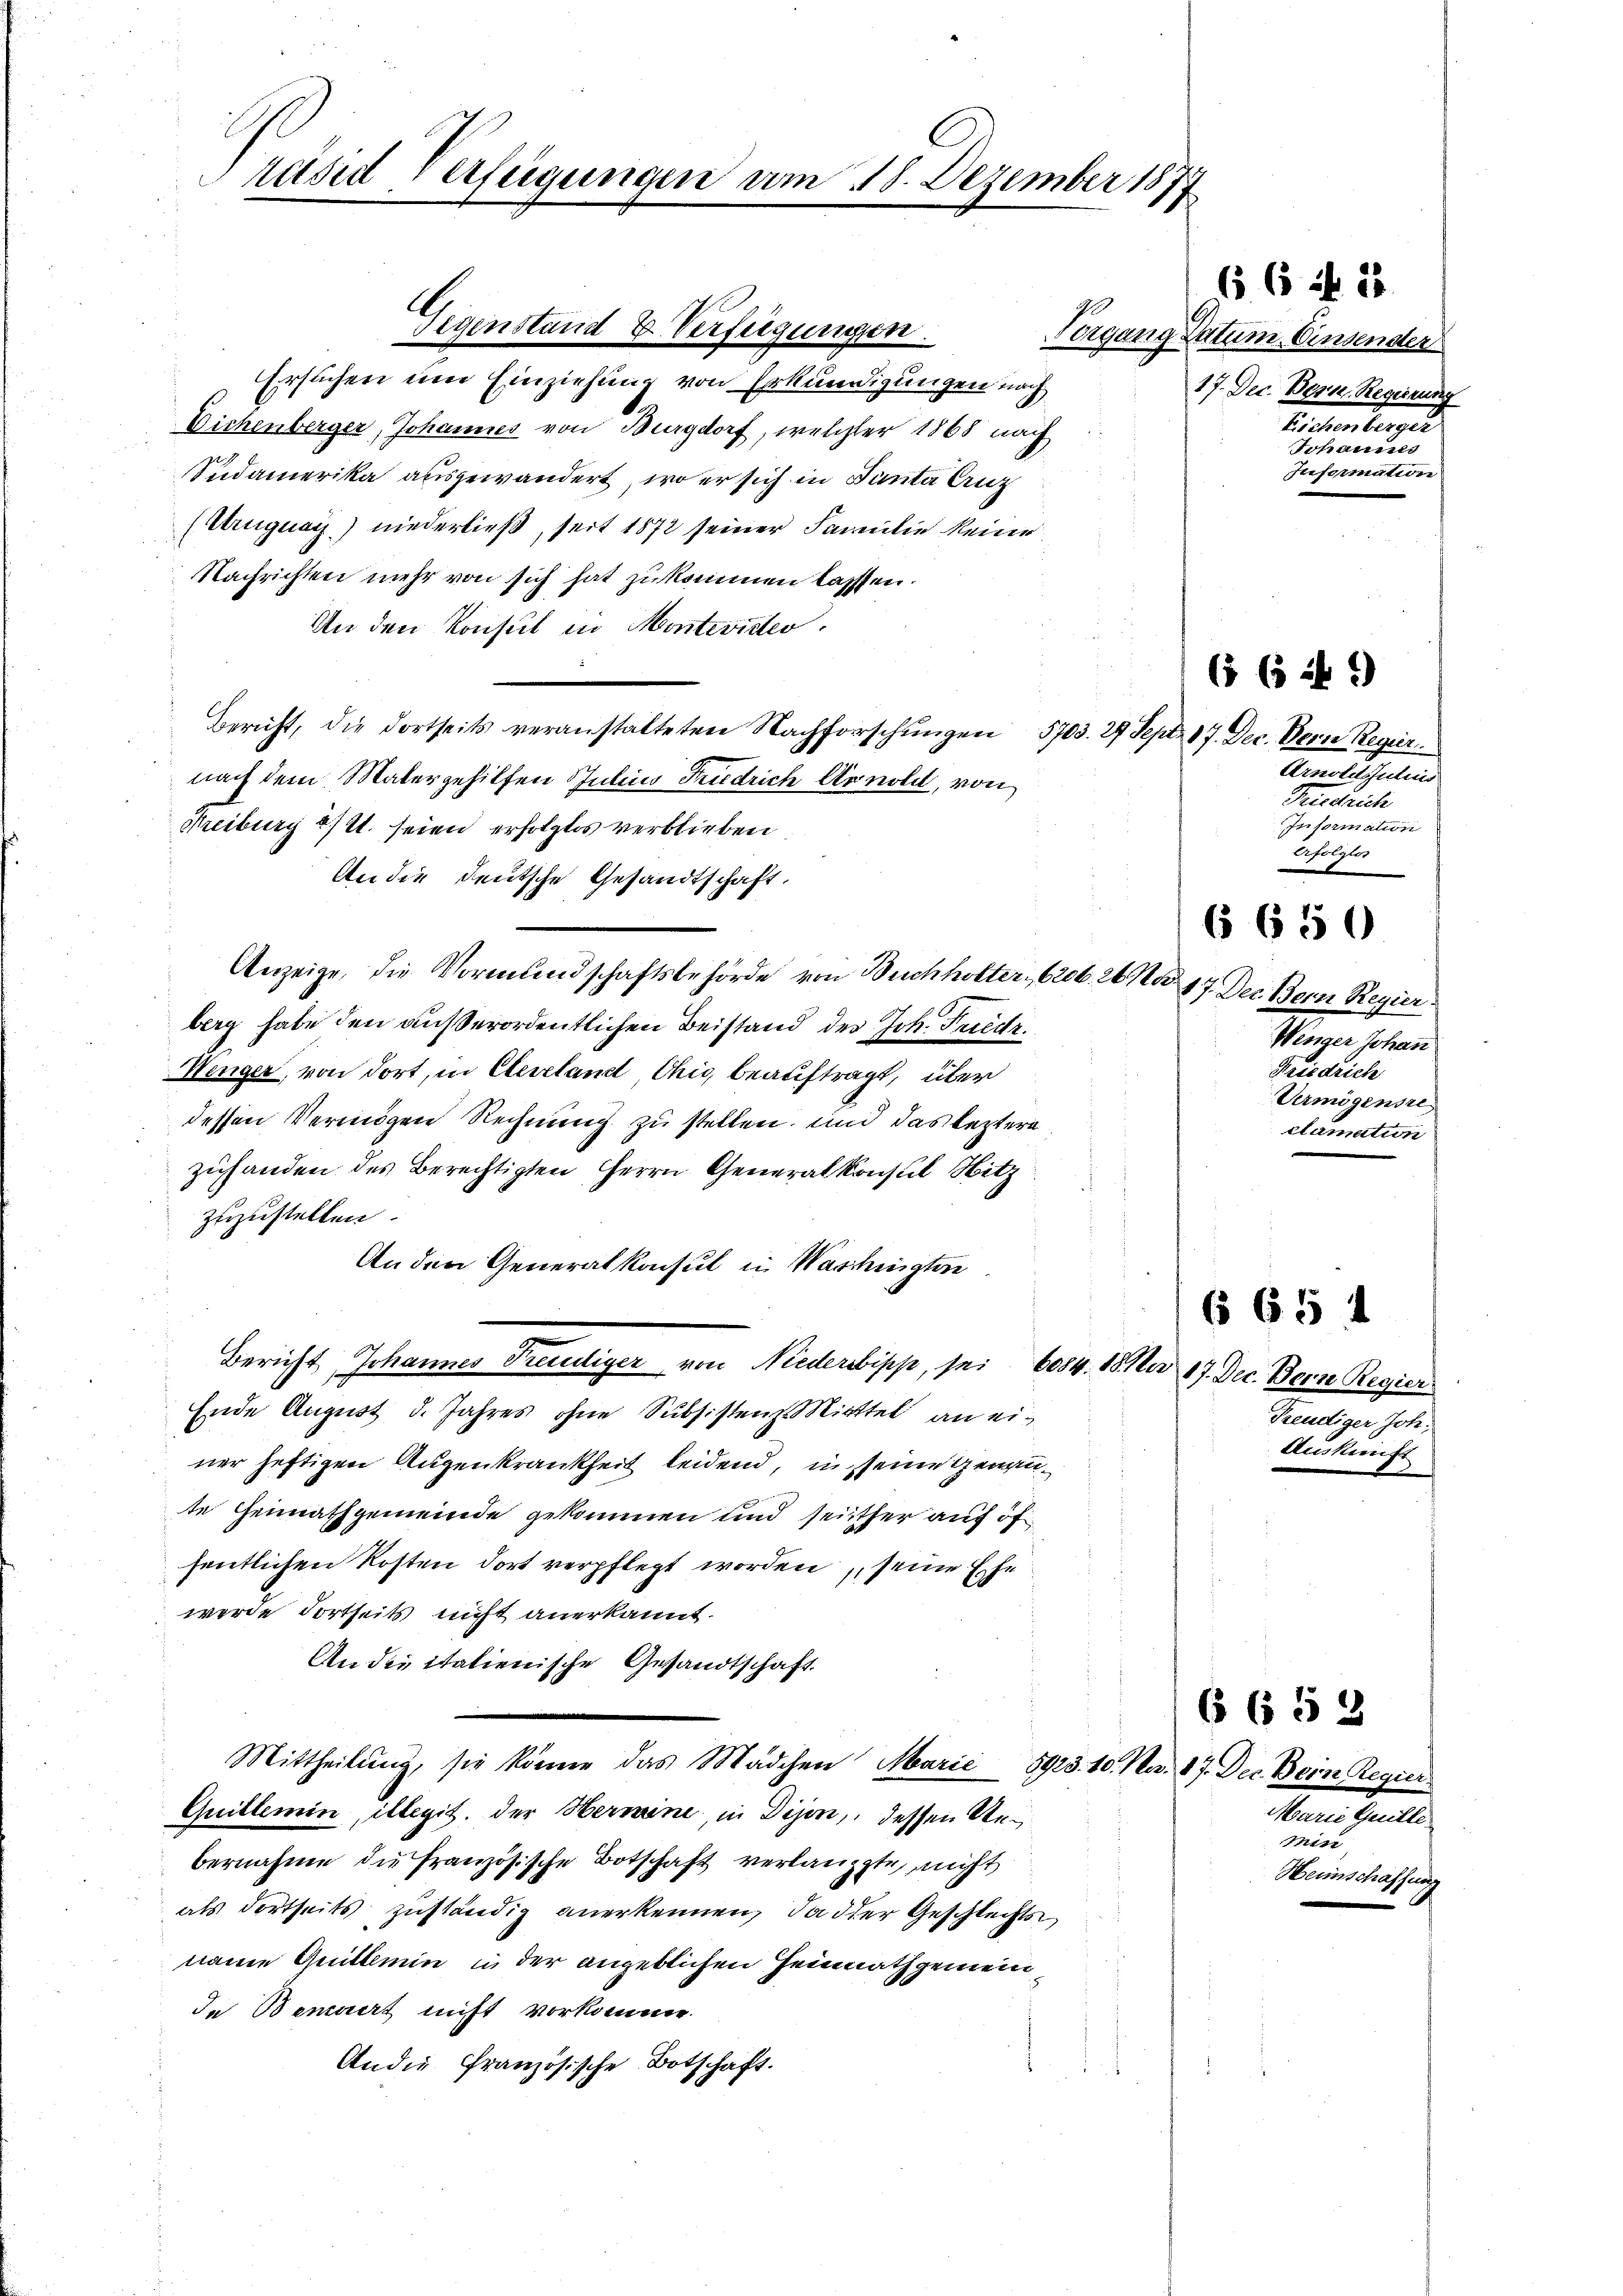
Präsid verfügungen am 18. Dezember 1877

Ersuchen um Einziehung von Erkundigungen nach
Eichenberger, Johannes von Burgdorf, welcher 1868 nach
Sudamerika ausgewandert, wo er sich in Panta Anz
(Uruguay) niederließ, seit 1872 seiner Familie keine
Nachrichten mehr von sich hat zukommen lassen.
An den Konsul in Monteviden.
Bericht, die dortseits veranstalteten Nachforschungen 5703. 29 Sept. 17. Dec. Bern Regie
nach dem Matergehilfen Studines Friedrich Arnold, von
Freiburg a/21. seien erfolgtes verblieben
An die deutsche Gesandtschaft.
Anzeige, die Vormundschaftsbehörde von Buchholter 6206. 26 Naberg habe den außerordentlichen Beistand des Joh. Friedr.
Wenger, von dort, in Clevelandt Chig beauftragt, über
dessen Vermögen Rechnung zu stellen, und das leztere
zuhanden des Berechtigten Herrn Generalkonsul Hitz
zuzustellen.
An den Generalkonsul in Waschingten
Bericht, Johannes Freudiger von Niederbipp, sei 6084. 18. No 17. Dec. Bern Regier
Ende August d. Jahres ohne Subsistenz Mittel an einer heftigen Augenkrankheit leidend, in seine Genante Heimathgemeinde gekommen und seither auf öf
fentlichen Kosten dort verpflegt worden, seine Ehe
werde dortseits nicht anerkannt.
An die italienische Gesandtschaft.
Mittheilung, sie könne das Mädchen Marić 8923. 10. No. 87. Dec. Bein Regier
Quillemin, illegit. der Hermine, in Dijon, dessen Unbernahme die französische Botschaft verlangte, nicht
als dortseits zuständig anerkennen, da der Geschlechts
naie Quittemin in der angeblichen Heinrathgemein¬
In Bennert nicht vorkomme.
An die französische Botschaft.

Gegenstand u. Verfügungen.

Vorgang Datum, Einsender
17. Dec. Bern, Regierung
Escheinterger
uee eine
Information

Arnoldsulind
Friedrich
Information
befolgtes

66 ff. 22

6 ( it *)

6 650

17. Dec. Bern Regier
Winger Johann
Friedrich
Uermögensre
clamation

6654

Freudiger Joh.
Auskunft

6 652

Marie Guille.
min
Heimschaf

dch